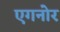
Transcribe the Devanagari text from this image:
एगनोर